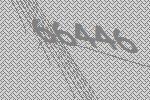
66446